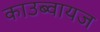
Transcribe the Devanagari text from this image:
काउब्वायज